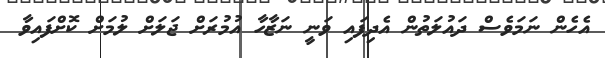
އެހެން ނަމަވެސް ދައުލަތުން އެދިފައި ވަނީ ނަޒާހާ އުމުރަށް ޖަލަށް ލުމަށް ކޮށްފައިވާ